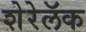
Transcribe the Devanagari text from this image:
शेरेलॅक